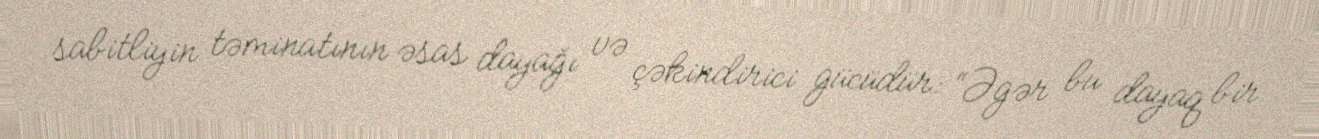
sabitliyin təminatının əsas dayağı və çəkindirici gücüdür: “Əgər bu dayaq bir